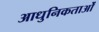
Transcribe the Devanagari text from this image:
आधुनिकताओं